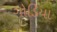
ગોડિયા